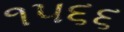
૧૫૬૬